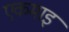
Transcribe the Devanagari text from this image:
एकमाइ